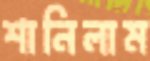
শানিলাম